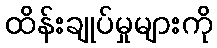
ထိန်းချုပ်မှုများကို